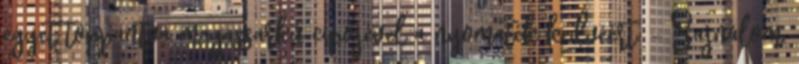
egyet toppantva magassarkú cipőjével a nyomaték kedvéért. - Sajnálom,